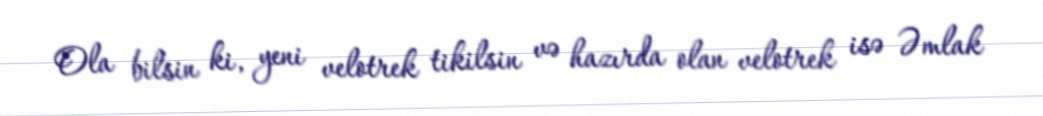
Ola bilsin ki, yeni velotrek tikilsin və hazırda olan velotrek isə Əmlak